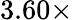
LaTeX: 3.60\times